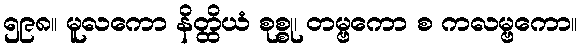
၅၉၈။ မူလကော နိတ္ထိယံ စုစ္စု၊ တမ္ဗကော စ ကလမ္ဗကော။